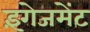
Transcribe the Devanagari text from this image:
इंगेजमेंट